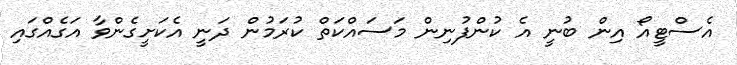
އެސްޓީއޯ އިން ބުނީ އެ ކުންފުނިން މަސައްކަތް ކުރަމުން ދަނީ އެކަށީގެންވާ އަގެއްގައި